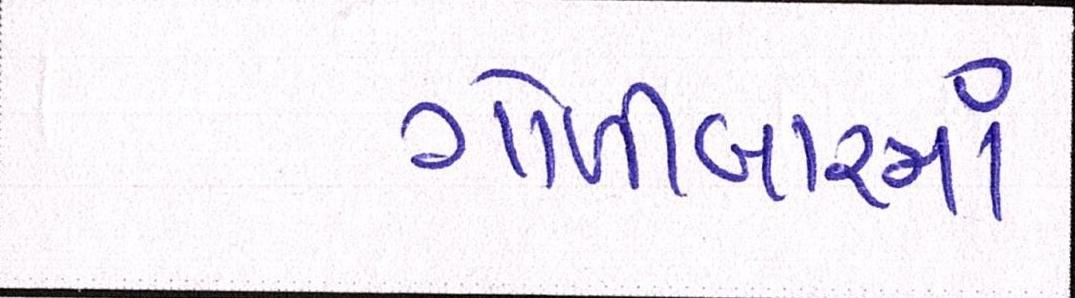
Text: ગોળીબારમાં